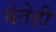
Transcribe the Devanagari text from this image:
येतेही